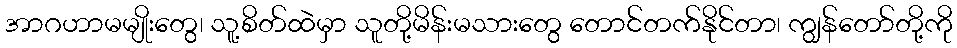
အာဂဟာမမျိုးတွေ၊ သူ့စိတ်ထဲမှာ သူတို့မိန်းမသားတွေ တောင်တက်နိုင်တာ၊ ကျွန်တော်တို့ကို